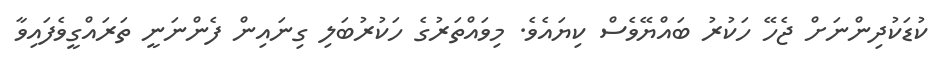
ކުޑަކުދިންނަށް ޖެހޭ ހަކުރު ބައްޔޭވެސް ކިޔައެވެ. މިވައްތަރުގެ ހަކުރުބަލި ގިނައިން ފެންނަނީ ތަރައްގީވެފައިވާ